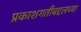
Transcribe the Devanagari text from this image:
प्रकाशगतीबद्दलच्या